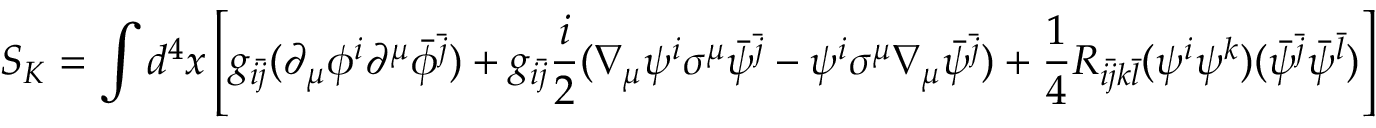
S _ { K } = \int d ^ { 4 } x \left[ g _ { i { \bar { j } } } ( \partial _ { \mu } \phi ^ { i } \partial ^ { \mu } { \bar { \phi } } ^ { \bar { j } } ) + g _ { i { \bar { j } } } { \frac { i } { 2 } } ( \nabla _ { \mu } \psi ^ { i } \sigma ^ { \mu } { \bar { \psi } } ^ { \bar { j } } - \psi ^ { i } \sigma ^ { \mu } \nabla _ { \mu } { \bar { \psi } } ^ { \bar { j } } ) + { \frac { 1 } { 4 } } R _ { i { \bar { j } } k { \bar { l } } } ( \psi ^ { i } \psi ^ { k } ) ( { \bar { \psi } } ^ { \bar { j } } { \bar { \psi } } ^ { \bar { l } } ) \right]